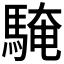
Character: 𩤔